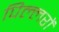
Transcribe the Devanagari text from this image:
पिल्लरों